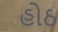
હોઠ